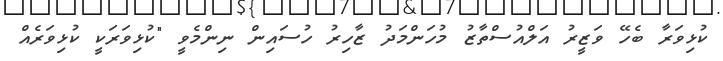
ކުޅިވަރާ ބެހޭ ވަޒީރު އަލްއުސްތާޒު މުހަންމަދު ޒާހިރު ހުސައިން ނިންމެވީ "ކުޅިވަރަކީ ކުޅިވަރެއް